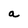
Character: a